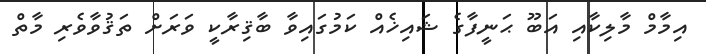
އިމާމް މާލިކާއި އަބޫ ޙަނީފާގެ ޝައިޚެއް ކަމުގައިވާ ބާޤިރާކީ ވަރަށް ތަޤުވާވެރި މާތް